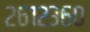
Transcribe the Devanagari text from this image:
२६१२३६०